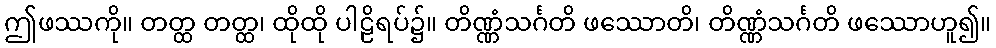
ဤဖဿကို။ တတ္ထ တတ္ထ၊ ထိုထို ပါဠိရပ်၌။ တိဏ္ဏံသင်္ဂတိ ဖဿောတိ၊ တိဏ္ဏံသင်္ဂတိ ဖဿောဟူ၍။